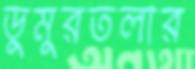
ডুমুরতলার